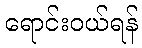
ရောင်းဝယ်ရန်